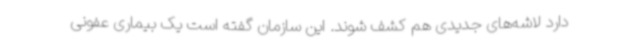
دارد لاشه‌های جدیدی هم کشف شوند. این سازمان گفته است یک بیماری عفونی